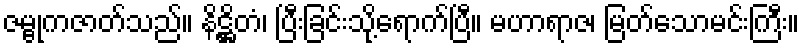
ဇမ္ဗုကဇာတ်သည်။ နိဋ္ဌိတံ၊ ပြီးခြင်းသို့ရောက်ပြီ။ မဟာရာဇ၊ မြတ်သောမင်းကြီး။